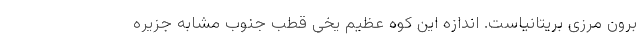
برون مرزی بریتانیاست. اندازه این کوه عظیم یخی قطب جنوب مشابه جزیره